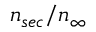
n _ { s e c } / n _ { \infty }